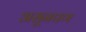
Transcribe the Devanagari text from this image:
असूनपण